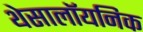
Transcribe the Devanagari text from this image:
थेसालॉयनिक